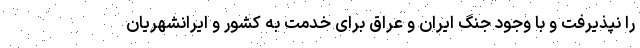
را نپذیرفت و با وجود جنگ ایران و عراق برای خدمت به کشور و ایرانشهریان